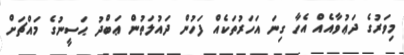
މިވަރުގެ ދަޢުވާއެއް އެހާ ގިނަ އަހަރުތަކެއް ފަހުން ދައުލަތުން ޢަބްދު ޙަސީނުގެ މައްޗަށް